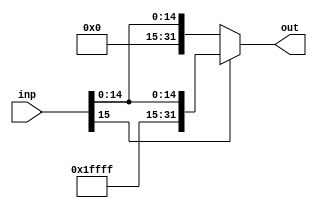
module signExtend(input [15:0] inp, output [31:0] out);
	assign out = (inp[15])? {16'b1111111111111111,inp} : {16'b0,inp};

endmodule